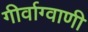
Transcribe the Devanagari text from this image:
गीर्वाग्वाणी